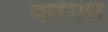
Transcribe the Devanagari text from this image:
वरांगल